Mental hospitals Bombay report 1921-28 - 1921-1928
Year: 1921
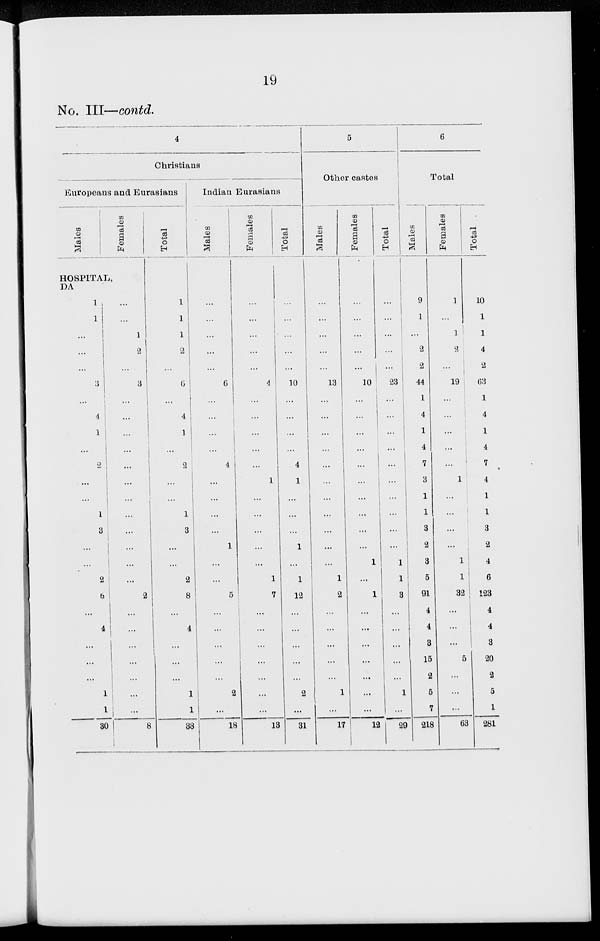
19
No. III —contd.
4
Christians
Europeans and Eurasians
Males
Females
HOSPITAL,
DA
1
1
...
...
...
3
...
4
1
...
2
...
...
1
3
...
...
2
6
...
4
...
...
...
...
1
30
...
...
1
...
...
3
...
...
...
...
...
...
...
...
...
...
...
...
2
...
...
...
...
...
1
...
8
Total
Indian Eurasians
Males
1
1
1
2
...
6
...
4
1
...
2
...
...
1
3
...
...
2
8
...
...
...
...
...
...
...
38
...
...
...
...
...
6
...
...
...
...
4
...
...
...
...
1
...
...
5
1
1
...
...
...
1
1
18
Females
...
...
...
...
...
4
...
...
...
...
...
1
...
1
...
...
...
1
7
...
...
...
...
...
2
...
13
Total
...
...
...
...
...
10
...
...
...
...
4
1
...
...
...
1
...
1
12
...
...
...
...
...
2
...
31
5
Other castes
Males
...
...
...
...
...
13
...
...
...
...
...
...
...
...
...
...
...
1
2
...
...
...
...
...
1
...
17
Females
...
...
...
...
...
10
...
...
...
...
...
...
...
...
...
...
1
...
1
...
...
...
...
...
...
...
12
Total
6
Total
Males
...
...
...
...
...
23
...
...
...
...
...
...
...
...
...
1
1
3
...
...
...
...
...
1
...
29
9
1
...
2
2
44
1
4
1
4
7
3
1
1
3
2
3
5
91
4
4
3
15
2
5
7
218
Females
1
...
1
2
...
19
...
...
...
...
...
1
...
...
...
...
1
1
32
...
...
...
5
...
...
...
63
Total
10
1
1
4
2
63
1
4
1
4
7
4
1
1
3
2
4
6
123
4
4
3
20
2
5
1
281